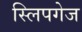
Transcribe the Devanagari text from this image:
स्लिपगेज